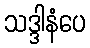
သဒ္ဒါနံပေ